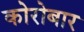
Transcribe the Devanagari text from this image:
कोरोबार